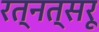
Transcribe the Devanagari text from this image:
रत्नत्सरू